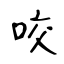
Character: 咬